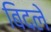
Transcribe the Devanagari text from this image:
बिदले